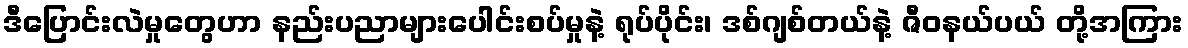
ဒီပြောင်းလဲမှုတွေဟာ နည်းပညာများပေါင်းစပ်မှုနဲ့ ရုပ်ပိုင်း၊ ဒစ်ဂျစ်တယ်နဲ့ ဇီဝနယ်ပယ် တို့အကြား